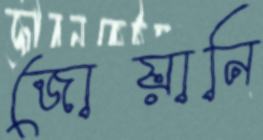
জোয়ানি